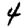
Digit: 4